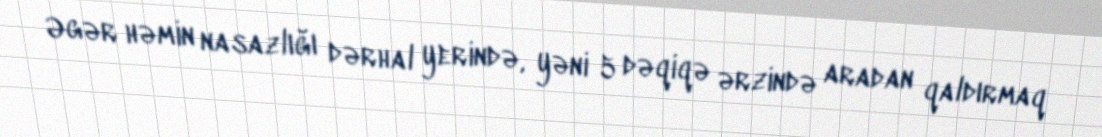
Əgər həmin nasazlığı dərhal yerində, yəni 5 dəqiqə ərzində aradan qaldırmaq